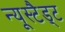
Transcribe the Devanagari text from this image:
न्यूस्टैड्ट